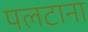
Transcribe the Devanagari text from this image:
पलटाना